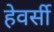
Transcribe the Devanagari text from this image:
हेवर्सी